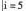
$$i = 5$$